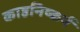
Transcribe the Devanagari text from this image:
काष्ठनिष्कर्ष